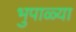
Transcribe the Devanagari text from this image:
भुपाळ्या